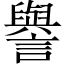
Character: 譽